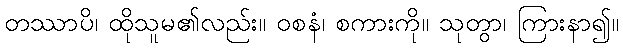
တဿာပိ၊ ထိုသူမ၏လည်း။ ဝစနံ၊ စကားကို။ သုတွာ၊ ကြားနာ၍။